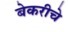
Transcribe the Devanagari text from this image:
बेकरीचे